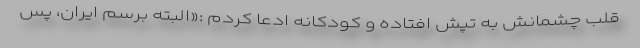
قلب چشمانش به تپش افتاده و کودکانه ادعا کردم :«البته برسم ایران، پس